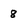
Character: 8